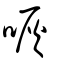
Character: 咴